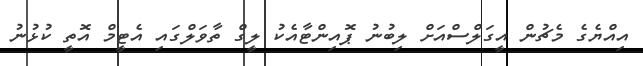
އިއްޔެގެ މެޗުން އީގަލްސްއަށް ލިބުނު ޕޮއިންޓާއެކު ލީގް ތާވަލްގައި އެޓީމް އޮތީ ކުޅުނު